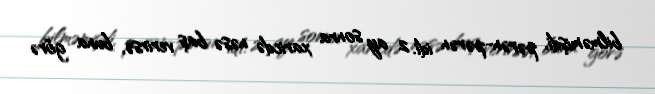
bilməmişdi, pərən-pərən idi. 2 ay sonra xaricdə nəsə baş verirsə, buna görə